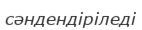
сәндендіріледі